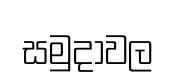
සමුදාවල